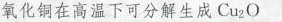
│氧化铜在高温下可分解生成Cu2O